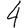
Digit: 4